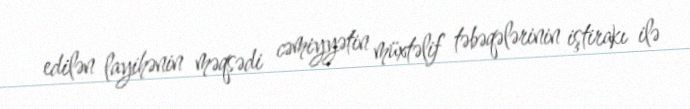
edilən layihənin məqsədi cəmiyyətin müxtəlif təbəqələrinin iştirakı ilə